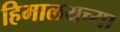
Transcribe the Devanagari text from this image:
हिमालयच्या